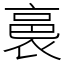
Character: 裛